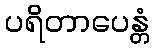
ပရိတာပေန္တံ